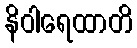
နိဝါရေထာတိ